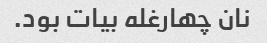
نان چهارغله بیات بود.